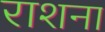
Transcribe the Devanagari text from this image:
राशना